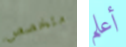
متخصص أعلم